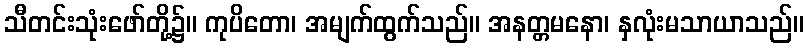
သီတင်းသုံးဖော်တို့၌။ ကုပိတော၊ အမျက်ထွက်သည်။ အနတ္တမနော၊ နှလုံးမသာယာသည်။